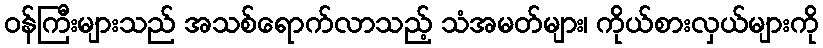
ဝန်ကြီးများသည် အသစ်ရောက်လာသည့် သံအမတ်များ၊ ကိုယ်စားလှယ်များကို